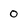
Character: 0